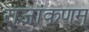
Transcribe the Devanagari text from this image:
राजांकणम्